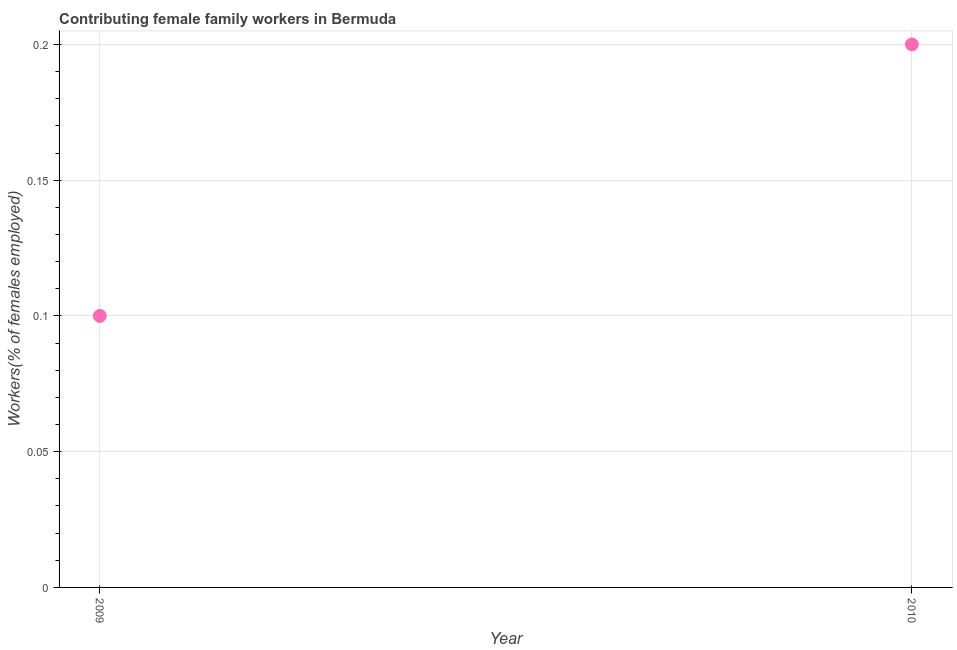
| Year | Contributing family workers |
 | --- | --- |
 | 2009 | 0.1 |
 | 2010 | 0.2 |